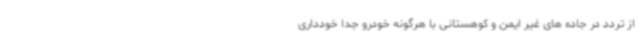
از تردد در جاده های غیر ایمن و کوهستانی با هرگونه خودرو جداً خودداری